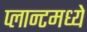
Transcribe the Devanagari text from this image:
प्लान्टमध्ये